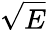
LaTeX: \sqrt{E}